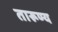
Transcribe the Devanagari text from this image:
तारूण्य